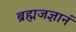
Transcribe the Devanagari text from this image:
ब्रह्मजज्ञानं